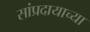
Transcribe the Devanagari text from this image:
सांप्रदायाच्या